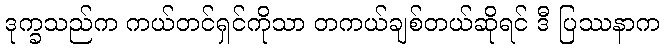
ဒုက္ခသည်က ကယ်တင်ရှင်ကိုသာ တကယ်ချစ်တယ်ဆိုရင် ဒီ ပြဿနာက